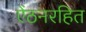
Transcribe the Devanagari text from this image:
ऐंठनरहित